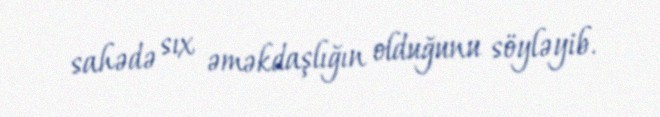
sahədə sıx əməkdaşlığın olduğunu söyləyib.